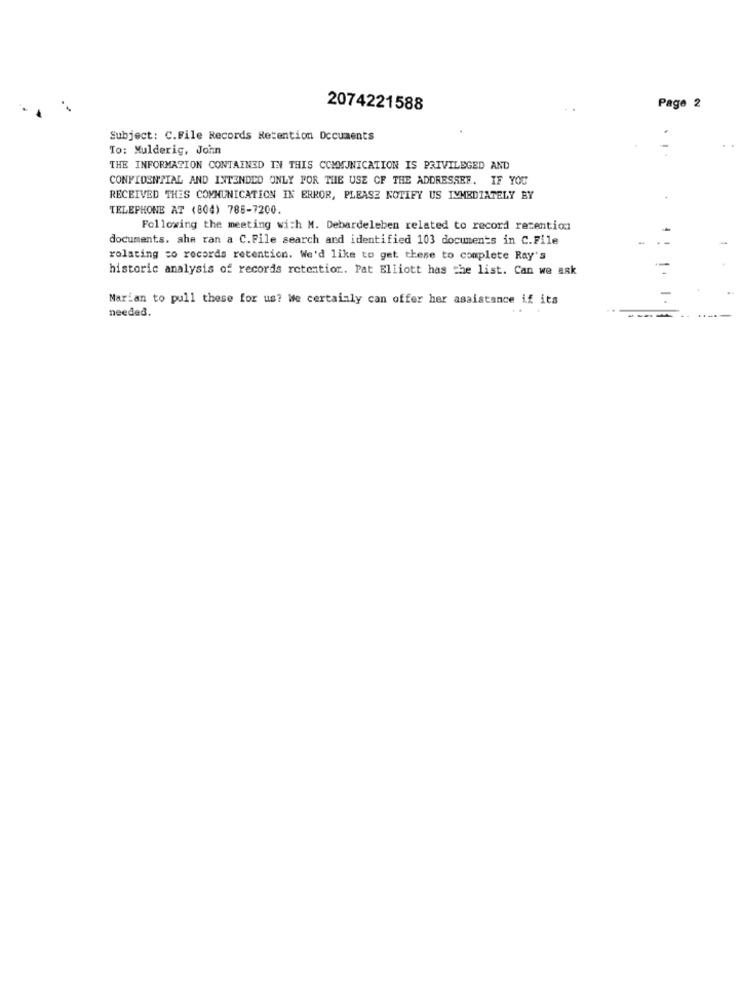
2074221588
Page 2
Subject: C.File Records Retention Documents
To: Mulderig, John
THE INFORMATION CONTAINED IN THIS COMMUNICATION IS PRIVILEGED AND
CONFIDENTIAL AND INTENDED ONLY FOR THE USE OF THE ADDRESSEE. IF YOU
RECEIVED THIS COMMUNICATION IN ERROR, PLEASE NOTIFY US IMMEDIATELY BY
TELEPHONE AT (804) 786-7200.
Following the meeting with M. Debardeleben related to record retention
documents. she ran a C.File search and identified 103 documents in C.File
rolating =o records retention. We'd like to get these to complete Ray's
historic analysis of records retention. Pat Elliott has the list. Can we ask
Marian to pull these for us? We certainly can offer her assistance if its
needed.
..